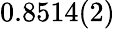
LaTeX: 0.8514(2)